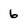
Character: 6